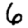
Digit: 6